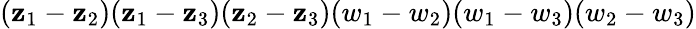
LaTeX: (\mathbf{z}_{1}-\mathbf{z}_{2})(\mathbf{z}_{1}-\mathbf{z}_{3})(\mathbf{z}_{2}-\mathbf{z}_{3})(w_{1}-w_{2})(w_{1}-w_{3})(w_{2}-w_{3})